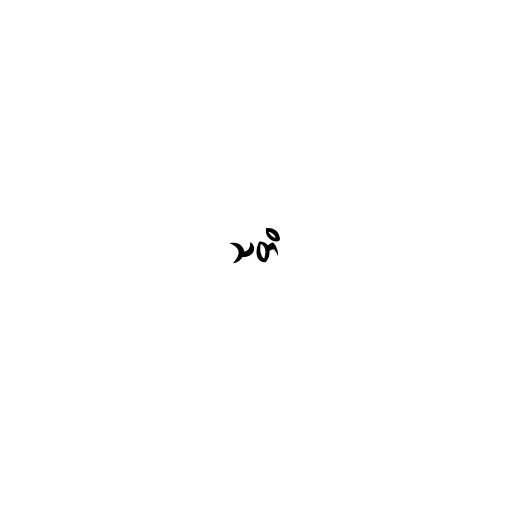
သတိ